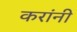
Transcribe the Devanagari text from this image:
करांनी